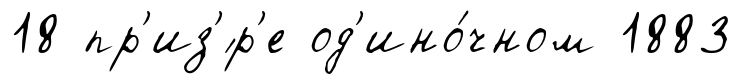
18 пр'из'́р'е од'ино́чном 1883